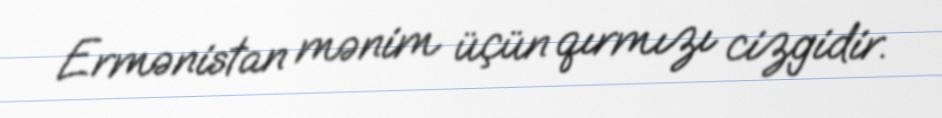
Ermənistan mənim üçün qırmızı cizgidir.